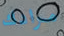
مرادك